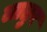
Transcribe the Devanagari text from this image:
लातुर